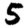
Digit: 5